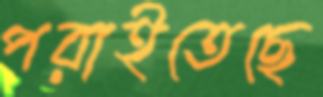
পরাইতেছে